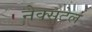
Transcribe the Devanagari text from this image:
नेक्सटेल